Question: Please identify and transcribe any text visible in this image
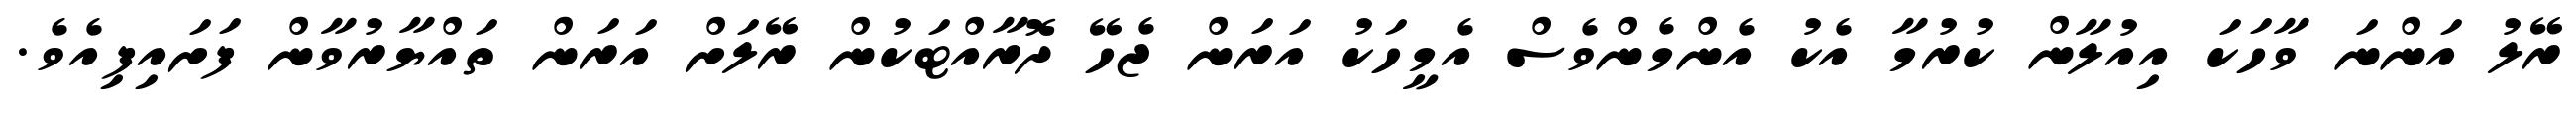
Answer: ރޭލު އަންނަ ވާހަކަ އިއުލާން ކުރުމާ އެކު އެންމެންވެސް އެމީހަކު އަރަން ޖެހޭ ދޮރާއްޓަކުން ރޭލަށް އަރަން ތައްޔާރުވާން ފަށައިފިއެވެ.